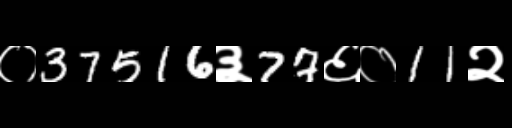
Text: ०37516३77६०11२